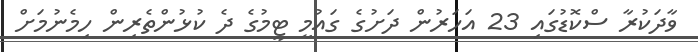
ވާދަކުރާ ސްކޮޑުގައި 23 އަހަރުން ދަށުގެ ގައުމީ ޓީމުގެ ދެ ކުޅުންތެރިން ހިމެނުމަށް